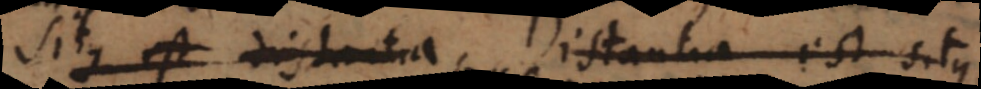
Situs est distantia Distantia est situs